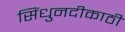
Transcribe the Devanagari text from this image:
सिंधुनदीकाठी